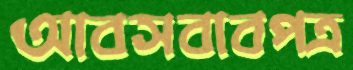
আবসবাবপত্র